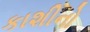
કાશીનો